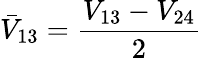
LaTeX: \bar{V}_{13}=\frac{V_{13}-V_{24}}{2}